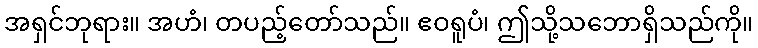
အရှင်ဘုရား။ အဟံ၊ တပည့်တော်သည်။ ဧဝရူပံ၊ ဤသို့သဘောရှိသည်ကို။